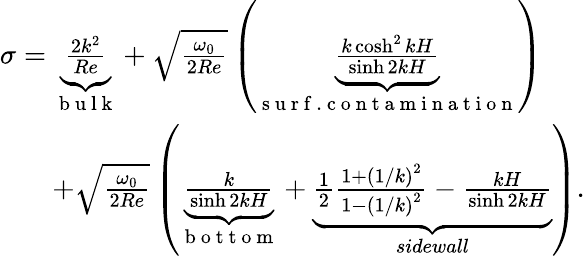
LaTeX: \begin{array}{r}{\sigma=\underbrace{\frac{2k^{2}}{Re}}_{\mathrm{~b~u~l~k~}}+\sqrt{\frac{\omega_{0}}{2Re}}\left(\underbrace{\frac{k\cosh^{2}{kH}}{\sinh{2kH}}}_{\mathrm{~s~u~r~f~.~c~o~n~t~a~m~i~n~a~t~i~o~n~}}\right)\ \ \ \ \ \ }\\ {+\sqrt{\frac{\omega_{0}}{2Re}}\left(\underbrace{\frac{k}{\sinh{2kH}}}_{\mathrm{~b~o~t~t~o~m~}}+\underbrace{\frac{1}{2}\frac{1+\left(1/k\right)^{2}}{1-\left(1/k\right)^{2}}-\frac{kH}{\sinh{2kH}}}_{\textit{sidewall}}\right).}\end{array}